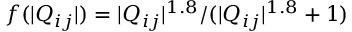
f ( | Q _ { i j } | ) = | Q _ { i j } | ^ { 1 . 8 } / ( | Q _ { i j } | ^ { 1 . 8 } + 1 )